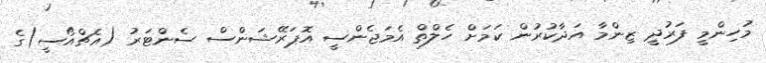
މުހިންމީ ފަރުދީ ޒިންމާ އަދާކުރުން ކަމަށް ހެލްތް އެމަޖެންސީ އޮޕަރޭޝަންސް ސެންޓަރު (އެޗްއޯސީ)ގެ